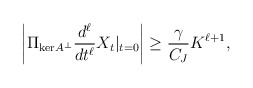
\begin{align*} \left|\Pi_{\mathrm{ker}A^\perp}\frac{d^\ell}{dt^\ell}X_t|_{t = 0}\right| \ge \frac{\gamma}{C_J}K^{\ell+1},\end{align*}